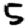
Digit: 5